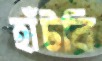
হাঁটবি